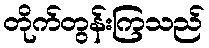
တိုက်တွန်းကြသည်